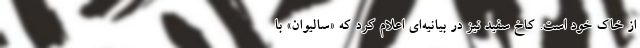
از خاک خود است. کاخ سفید نیز در بیانیه‌ای اعلام کرد که «سالیوان» با